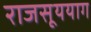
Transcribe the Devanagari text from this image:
राजसूययाग